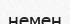
немен